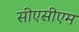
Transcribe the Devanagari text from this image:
सीएसीएम